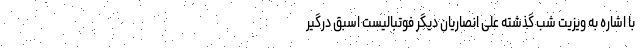
با اشاره به ویزیت شب گذشته علی انصاریان دیگر فوتبالیست اسبق درگیر